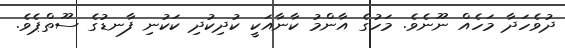
ދުވެހަދާ މަހެއް ނޫނެވެ. މަހުގެ އާންމު ކާނާއަކީ ކުދިކުދި ކަކުނި ފާނޑުގެ ސޫތްޕެވެ.